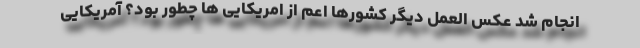
انجام شد عکس العمل دیگر کشورها اعم از امریکایی ها چطور بود؟ آمریکایی